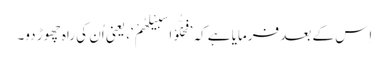
اِس کے بعد فرمایا ہے کہ ’فَخَلُّوْا سَبِیْلَھُمْ‘، یعنی اُن کی راہ چھوڑ دو۔